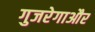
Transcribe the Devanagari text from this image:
गुजरेगाऔर